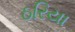
ઠરિયા